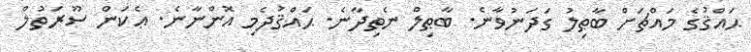
ޙައްޤުގެ މައްޗަށް ބާޠިލު ގަދަނުވާނެ. ބާޠިލް ނެތިދާނެ. ޙައްޤުދެމި އޮންނާނެ. ޢެކަން ސޫރަތުލް